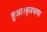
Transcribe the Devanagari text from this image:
हुआ।बृजभाषा